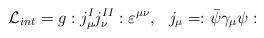
LaTeX: \begin{align*}\mathcal{L}_{int}=g:j_{\mu }^{I}j_{\nu }^{II}:\varepsilon ^{\mu \nu},\,\,\,\,j_{\mu }=:\bar{\psi}\gamma _{\mu }\psi :\end{align*}